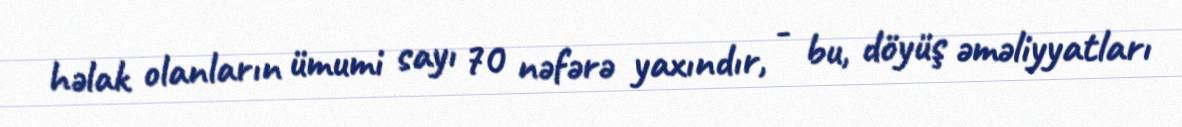
həlak olanların ümumi sayı 70 nəfərə yaxındır, - bu, döyüş əməliyyatları